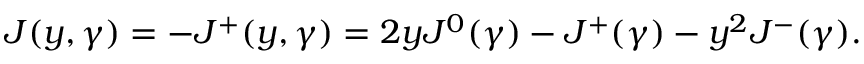
\begin{array} { l c r } { { J ( y , \gamma ) = - J ^ { + } ( y , \gamma ) = 2 y J ^ { 0 } ( \gamma ) - J ^ { + } ( \gamma ) - y ^ { 2 } J ^ { - } ( \gamma ) . } } \end{array}